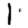
Digit: 1